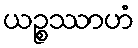
ယဉ္စဿာဟံ